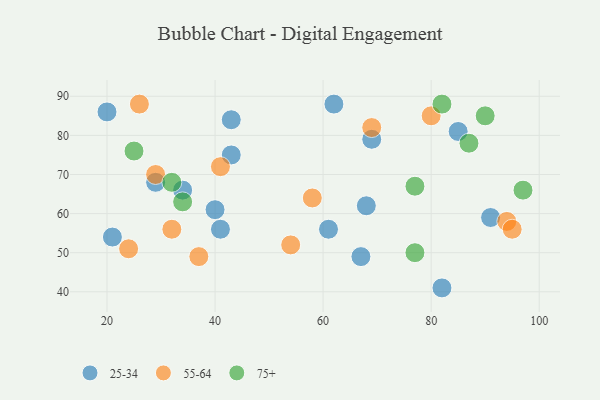
{"axis": {"x": "GDP", "y": "Life Expectancy"}, "legend": ["25-34", "55-64", "75+"], "data": [{"x": "67", "y": 49, "type": "25-34"}, {"x": "85", "y": 81, "type": "25-34"}, {"x": "41", "y": 56, "type": "25-34"}, {"x": "82", "y": 41, "type": "25-34"}, {"x": "43", "y": 75, "type": "25-34"}, {"x": "69", "y": 79, "type": "25-34"}, {"x": "34", "y": 66, "type": "25-34"}, {"x": "61", "y": 56, "type": "25-34"}, {"x": "21", "y": 54, "type": "25-34"}, {"x": "68", "y": 62, "type": "25-34"}, {"x": "43", "y": 84, "type": "25-34"}, {"x": "20", "y": 86, "type": "25-34"}, {"x": "29", "y": 68, "type": "25-34"}, {"x": "40", "y": 61, "type": "25-34"}, {"x": "62", "y": 88, "type": "25-34"}, {"x": "91", "y": 59, "type": "25-34"}, {"x": "24", "y": 51, "type": "55-64"}, {"x": "94", "y": 58, "type": "55-64"}, {"x": "95", "y": 56, "type": "55-64"}, {"x": "54", "y": 52, "type": "55-64"}, {"x": "32", "y": 56, "type": "55-64"}, {"x": "69", "y": 82, "type": "55-64"}, {"x": "58", "y": 64, "type": "55-64"}, {"x": "29", "y": 70, "type": "55-64"}, {"x": "41", "y": 72, "type": "55-64"}, {"x": "80", "y": 85, "type": "55-64"}, {"x": "26", "y": 88, "type": "55-64"}, {"x": "37", "y": 49, "type": "55-64"}, {"x": "25", "y": 76, "type": "75+"}, {"x": "82", "y": 88, "type": "75+"}, {"x": "77", "y": 67, "type": "75+"}, {"x": "32", "y": 68, "type": "75+"}, {"x": "87", "y": 78, "type": "75+"}, {"x": "77", "y": 50, "type": "75+"}, {"x": "34", "y": 63, "type": "75+"}, {"x": "97", "y": 66, "type": "75+"}, {"x": "90", "y": 85, "type": "75+"}]}